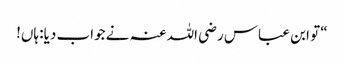
“ تو ابن عباس رضی اللہ عنہ نے جواب دیا: ہاں!